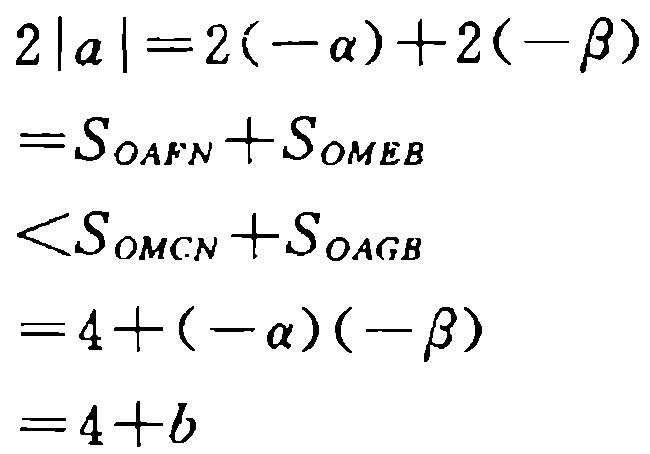
\[
\begin{align*}
2|a|&=2(-\alpha)+2(-\beta)\\
&=S_{OAFN}+S_{OMEB}\\
&<S_{OMCN}+S_{OAGB}\\
&=4+(-\alpha)(-\beta)\\
&=4 + b
\end{align*}
\]